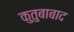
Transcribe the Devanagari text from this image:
कुतुबाबाद